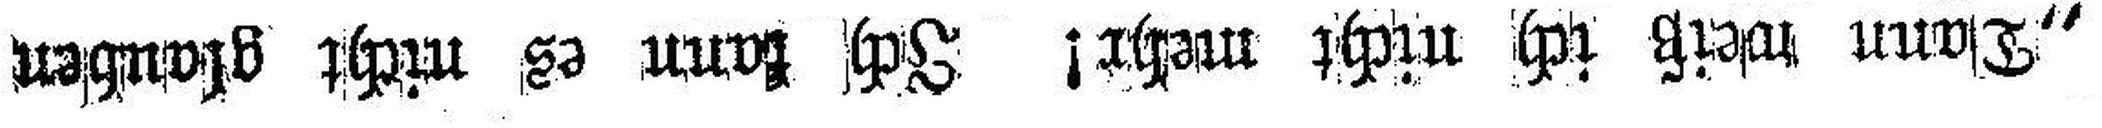
„Dann weiß ich nicht mehr! Ich kann es nicht glauben